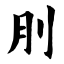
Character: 刖